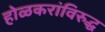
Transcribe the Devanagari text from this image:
होळकरांविरुद्ध